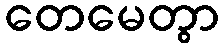
တေမေတွာ